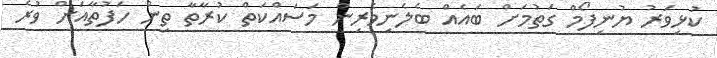
ކުޅިވަރު ޔުނިފޯމް ގަތުމަށް ބައެއް ބެލެނިވެރިން މަސައްކަތް ކުރާތާ ތިން ހަފުތާއަށް ވުރެ